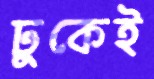
ঢুকেই